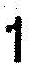
1